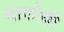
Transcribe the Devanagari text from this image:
माकोयी